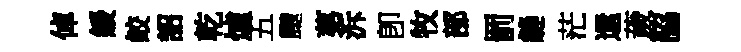
倬緩鲛詔乾爐五颼苐泝卽牧部罰縫茫還薉脇